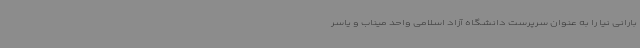
بارانی نیا را به عنوان سرپرست دانشگاه آزاد اسلامی واحد میناب و یاسر